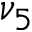
\nu _ { 5 }